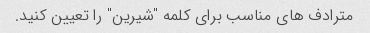
مترادف های مناسب برای کلمه "شیرین" را تعیین کنید.